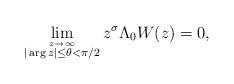
LaTeX: \begin{align*} \lim_{\stackrel{z \to \infty}{|\arg z| \le \theta < \pi/2}}z^\sigma \Lambda_0 W(z) = 0, \end{align*}